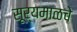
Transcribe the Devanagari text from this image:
सूर्यमाळचे